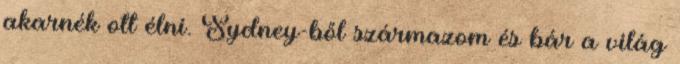
akarnék ott élni. Sydney-ből származom és bár a világ